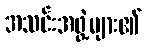
အသင်းအဖွဲ့များ၏